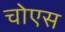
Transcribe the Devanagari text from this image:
चोएस